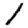
Digit: 1